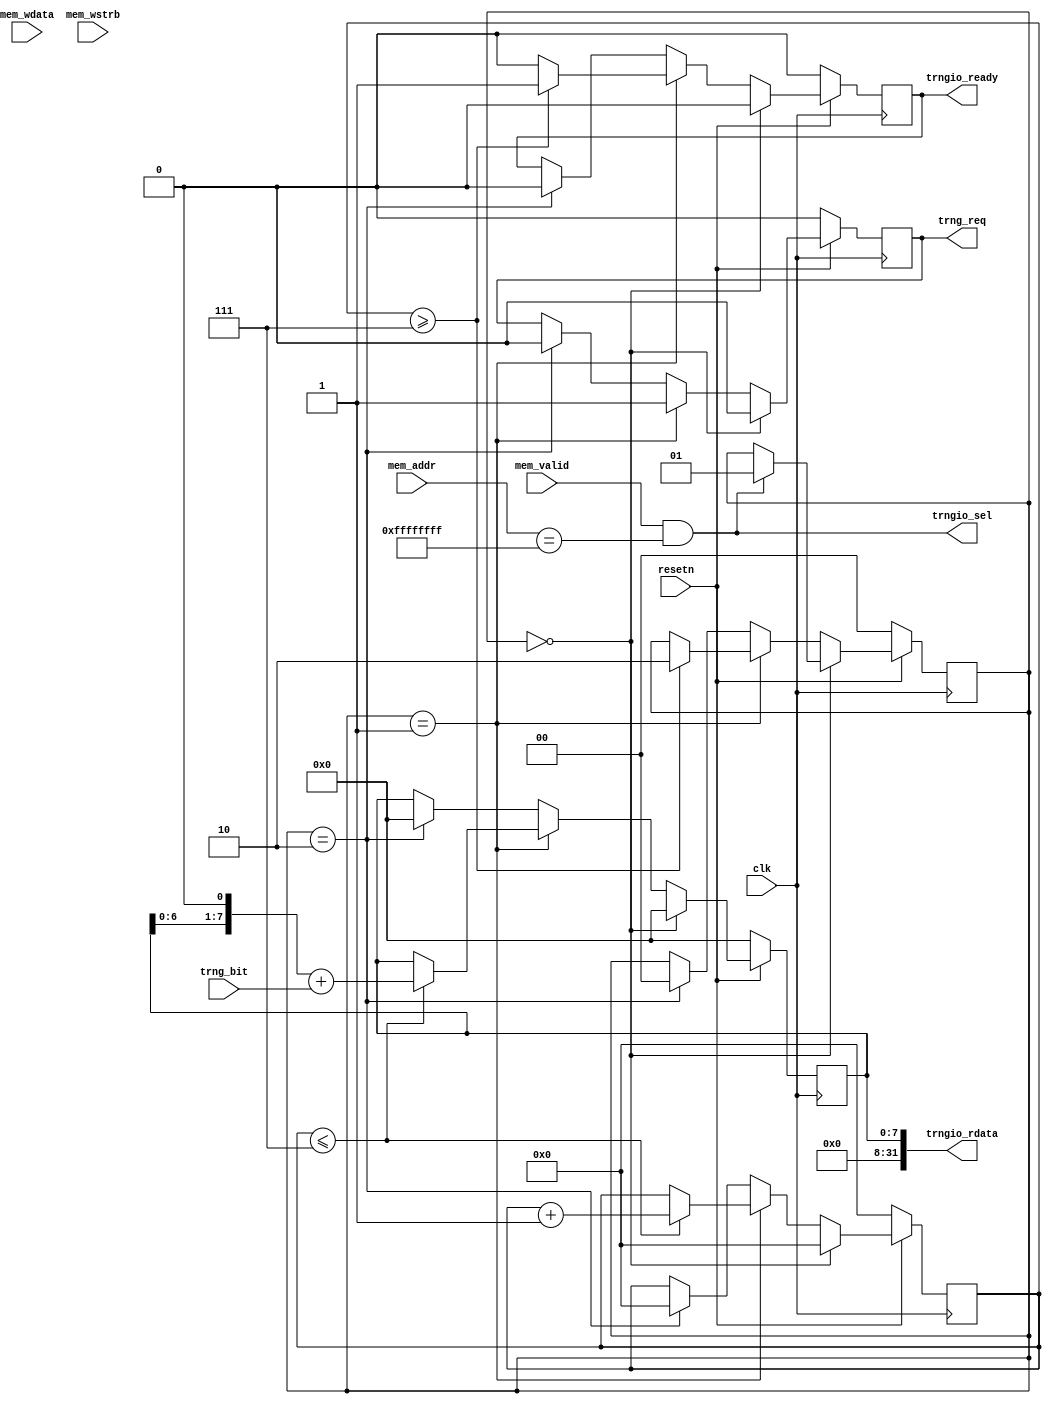
module trngio #(
    parameter [31:0] ADDR = 32'hffff_ffff,
    parameter WIDTH = 8
) (
    input clk,
    input resetn,
    input mem_valid,
    input [31:0] mem_addr,
    input [31:0] mem_wdata,
    input [3:0] mem_wstrb,
    output trngio_ready,
    output trngio_sel,
    output [31:0] trngio_rdata,
    input trng_bit,
    output trng_req
);

wire reg_read_sel = mem_valid && (mem_addr == ADDR);
assign trngio_sel = reg_read_sel;

reg [1:0] state; 
reg [WIDTH-1:0] trng_word_reg;
reg ready;
reg trng_out; 
reg [3:0] cur_bit_ind;
// always @(posedge clk) begin
//     if (!resetn) begin
//         trng_out <= 0;
//     end else begin
//         if (reg_read_sel) begin
//             trng_out <= 1;
//         end else begin
//             trng_out <= 0;
//         end
//     end
// end

always @(posedge clk) begin
    if (!resetn) begin
        trng_out <= 0;
        trng_word_reg <= 0;
        state <= 0;
        ready <= 0;
        cur_bit_ind <= 0;
    end else begin
        if (state == 0) begin
            ready <= 0;
            trng_word_reg <= 0;
            trng_out <= 0;
            cur_bit_ind <= 0;
            if (reg_read_sel) begin
                state <= 1;
            end
        end else if (state == 1) begin
            if (cur_bit_ind <= WIDTH-1) begin
                trng_word_reg<=(trng_word_reg<<1)+trng_bit;
                cur_bit_ind<=cur_bit_ind+1;
            end
            if (cur_bit_ind>=WIDTH-1) begin
                ready<=1;
                state <=2;
                trng_out<=1;
            end else begin 
                trng_out<=1;
                ready <=0;
            end
        end else if (state == 2) begin
            ready <= 0;
            trng_word_reg <= 0;
            trng_out <= 0;
            state <= 0;
            cur_bit_ind <= 0;
        end
    end 
end 
assign trngio_ready = ready;
assign trngio_rdata = {(32-WIDTH)'h0, trng_word_reg};
assign trng_req = trng_out;

endmodule